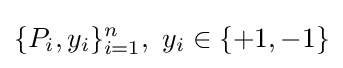
\{P_{i},y_{i}\}_{i=1}^{n},\ y_{i}\in \{+1,-1\}